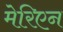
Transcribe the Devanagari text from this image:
मेरिएन